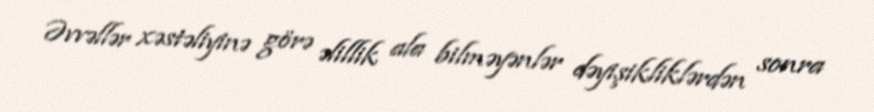
Əvvəllər xəstəliyinə görə əlillik ala bilməyənlər dəyişikliklərdən sonra